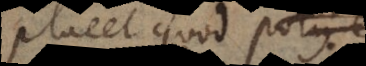
placet quod potius